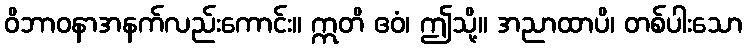
ဝိဘာဝနာအနက်လည်းကောင်း။ ဣတိ ဧဝံ၊ ဤသို့။ အညာထာပိ၊ တစ်ပါးသော